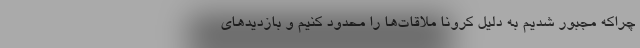
چراکه مجبور شدیم به دلیل کرونا ملاقات‌ها را محدود کنیم و بازدیدهای